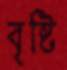
বৃষ্টি